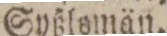
Syßlomän.